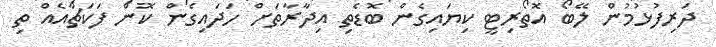
ދަރިފުޅުމުން ލޭބޯ އޮތޯރިޓީ ކިޔައިގެން ބޮޑެތި އިދާރާތަށް ހަދައިގެން ކޮން ފަކަޗާއެއް ތި